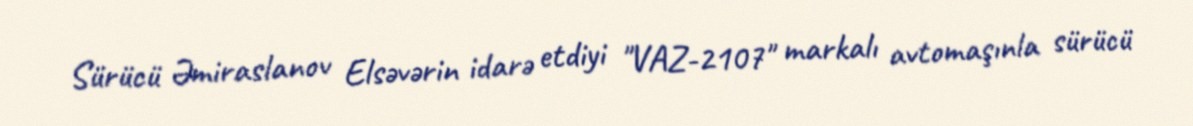
Sürücü Əmiraslanov Elsəvərin idarə etdiyi "VAZ-2107" markalı avtomaşınla sürücü